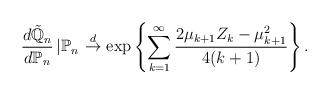
LaTeX: \begin{align*}\frac{d\mathbb{\tilde{Q}}_{n}}{d\mathbb{P}_{n}}\left|\mathbb{P}_{n} \right. \stackrel{d}{\to} \exp\left\{ \sum_{k=1}^{\infty} \frac{2\mu_{k+1} Z_{k}-\mu_{k+1}^2}{4(k+1)} \right\}.\end{align*}